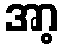
အာ့